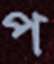
প